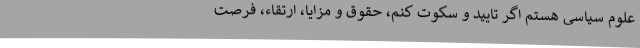
علوم سیاسی هستم اگر تایید و سکوت کنم، حقوق و مزایا، ارتقاء، فرصت